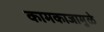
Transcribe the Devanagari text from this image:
कामकाजामुळे